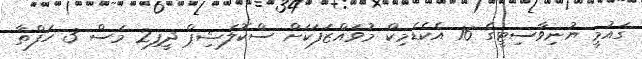
ގައުމީ ޔުނިވާސިޓީގެ 16 އެކެޑެމިކް މުވައްޒަފަކަށް ސްކޮލަޝިޕް ދީފި2 މަސް 3 ހަފްތާ